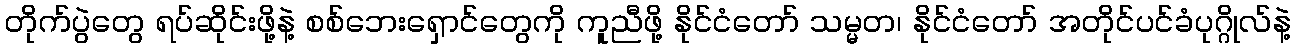
တိုက်ပွဲတွေ ရပ်ဆိုင်းဖို့နဲ့ စစ်ဘေးရှောင်တွေကို ကူညီဖို့ နိုင်ငံတော် သမ္မတ၊ နိုင်ငံတော် အတိုင်ပင်ခံပုဂ္ဂိုလ်နဲ့